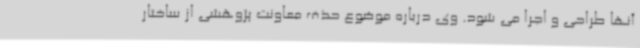
آنها طراحی و اجرا می شود. وی درباره موضوع حذف معاونت پژوهشی از ساختار